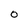
Character: 0